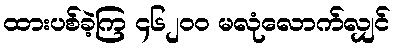
ထားပစ်ခဲ့ကြ ၄၆၂၀၀ မလုံလောက်လျှင်